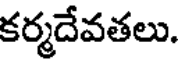
కర్మదేవతలు.